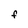
Character: F